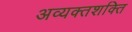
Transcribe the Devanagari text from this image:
अव्यक्तशक्ति